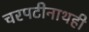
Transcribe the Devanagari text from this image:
चरपटीनाथही